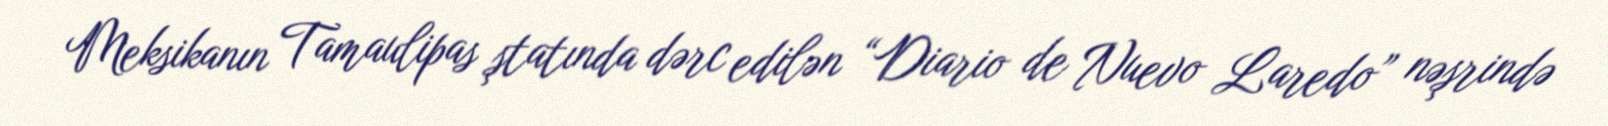
Meksikanın Tamaulipas ştatında dərc edilən “Diario de Nuevo Laredo” nəşrində